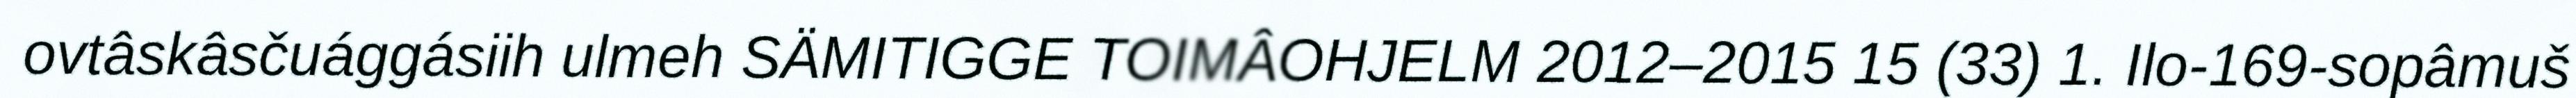
ovtâskâsčuággásiih ulmeh SÄMITIGGE TOIMÂOHJELM 2012–2015 15 (33) 1. Ilo-169-sopâmuš